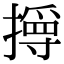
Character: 㩊